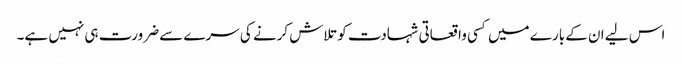
اس لیے ان کے بارے میں کسی واقعاتی شہادت کو تلاش کرنے کی سرے سے ضرورت ہی نہیں ہے۔